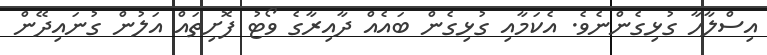
އިސްލާހާ ގުޅިގެންނެވެ. އެކަމާއި ގުޅިގެން ބައެއް ދާއިރާގެ ވޯޓު ފޮށިތައް އަލުން ގުނައިދޭން